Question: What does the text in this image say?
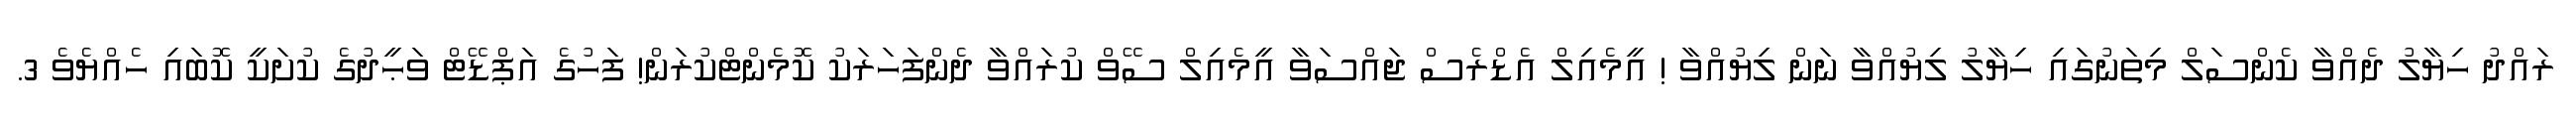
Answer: ރައްދު ހިޔާލު ދެއްވާ ކެންސަލް މިތަނުގައި ހިޔާލު ލިޔުއްވާ ނަން ލިޔުއްވާ ! އީމެއިލް އެޑްރެސް ޖައްސަވާ އީމެއިލް ސޭވް ކުރައްވާ ދެންފަހަރަކު ކޮމެންޓްކުރަން! ފަހުގެ އަޕްޑޭޓް ވަޙީދުގެ ކުށަކީ ކޮބައި ހެއްޔެވެ 3.